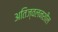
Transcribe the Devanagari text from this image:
अतिज्वलनशील